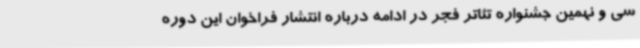
سی و نهمین جشنواره تئاتر فجر در ادامه درباره انتشار فراخوان این دوره